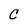
Character: C